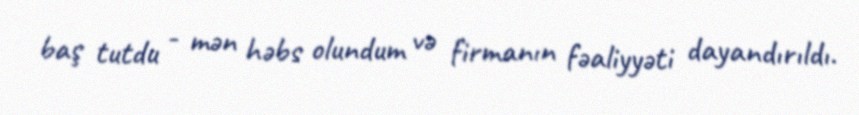
baş tutdu - mən həbs olundum və firmanın fəaliyyəti dayandırıldı.